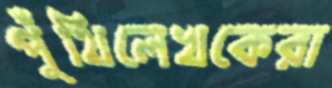
পুঁথিলেখকেরা